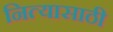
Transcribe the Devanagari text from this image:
नित्यासाठी